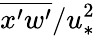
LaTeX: \overline{{x^{\prime}w^{\prime}}}/u_{*}^{2}